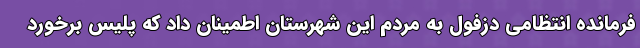
فرمانده انتظامی دزفول به مردم این شهرستان اطمینان داد که پلیس برخورد